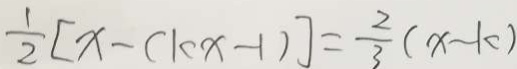
\frac { 1 } { 2 } [ x - ( c k x - 1 ) ] = \frac { 2 } { 3 } ( x - k )